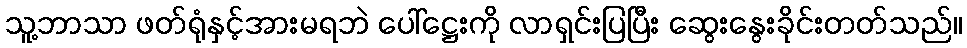
သူ့ဘာသာ ဖတ်ရုံနှင့်အားမရဘဲ ပေါ်ဋ္ဌေးကို လာရှင်းပြပြီး ဆွေးနွေးခိုင်းတတ်သည်။